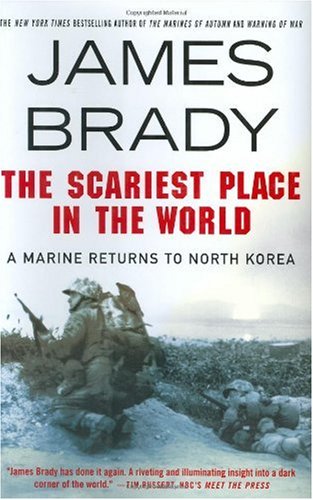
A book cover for The Scariest Place in the World: A Marine Returns to North Korea; James Brady; Travel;